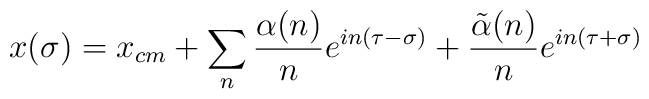
x(\sigma) = x_{cm} + \sum_n {\alpha (n)\over n}e^{in(\tau-\sigma)}          + {\tilde{\alpha} (n)\over n} e^{in(\tau+\sigma)}